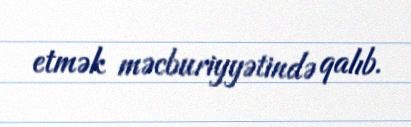
etmək məcburiyyətində qalıb.